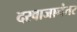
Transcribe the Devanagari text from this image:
दरवाजानंतर